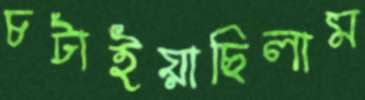
চটাইয়াছিলাম